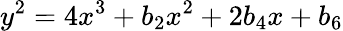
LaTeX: y^{2}=4x^{3}+b_{2}x^{2}+2b_{4}x+b_{6}